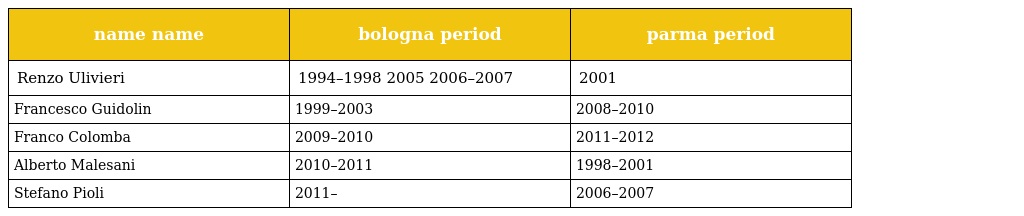
| name name | bologna period | parma period |
 | --- | --- | --- |
 | Renzo Ulivieri | 1994–1998 2005 2006–2007 | 2001 |
 | Francesco Guidolin | 1999–2003 | 2008–2010 |
 | Franco Colomba | 2009–2010 | 2011–2012 |
 | Alberto Malesani | 2010–2011 | 1998–2001 |
 | Stefano Pioli | 2011– | 2006–2007 |